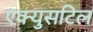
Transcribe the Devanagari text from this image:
एक्युसटिल